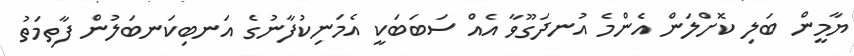
ޔާމީން ބަލި ކޮށްލަން އެންމެ އުނދަގޫވާ އެއް ސަބަބަކީ އެމަނިކުފާނުގެ އަނބިކަނބަލުން ފާތިމަތު